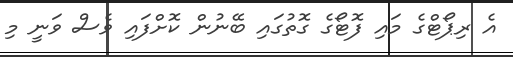
އެ ރިޕޯޓްގެ މައި ފޮޓޯގެ ގޮތުގައި ބޭނުން ކޮށްފައި ވެސް ވަނީ މި